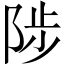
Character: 陟